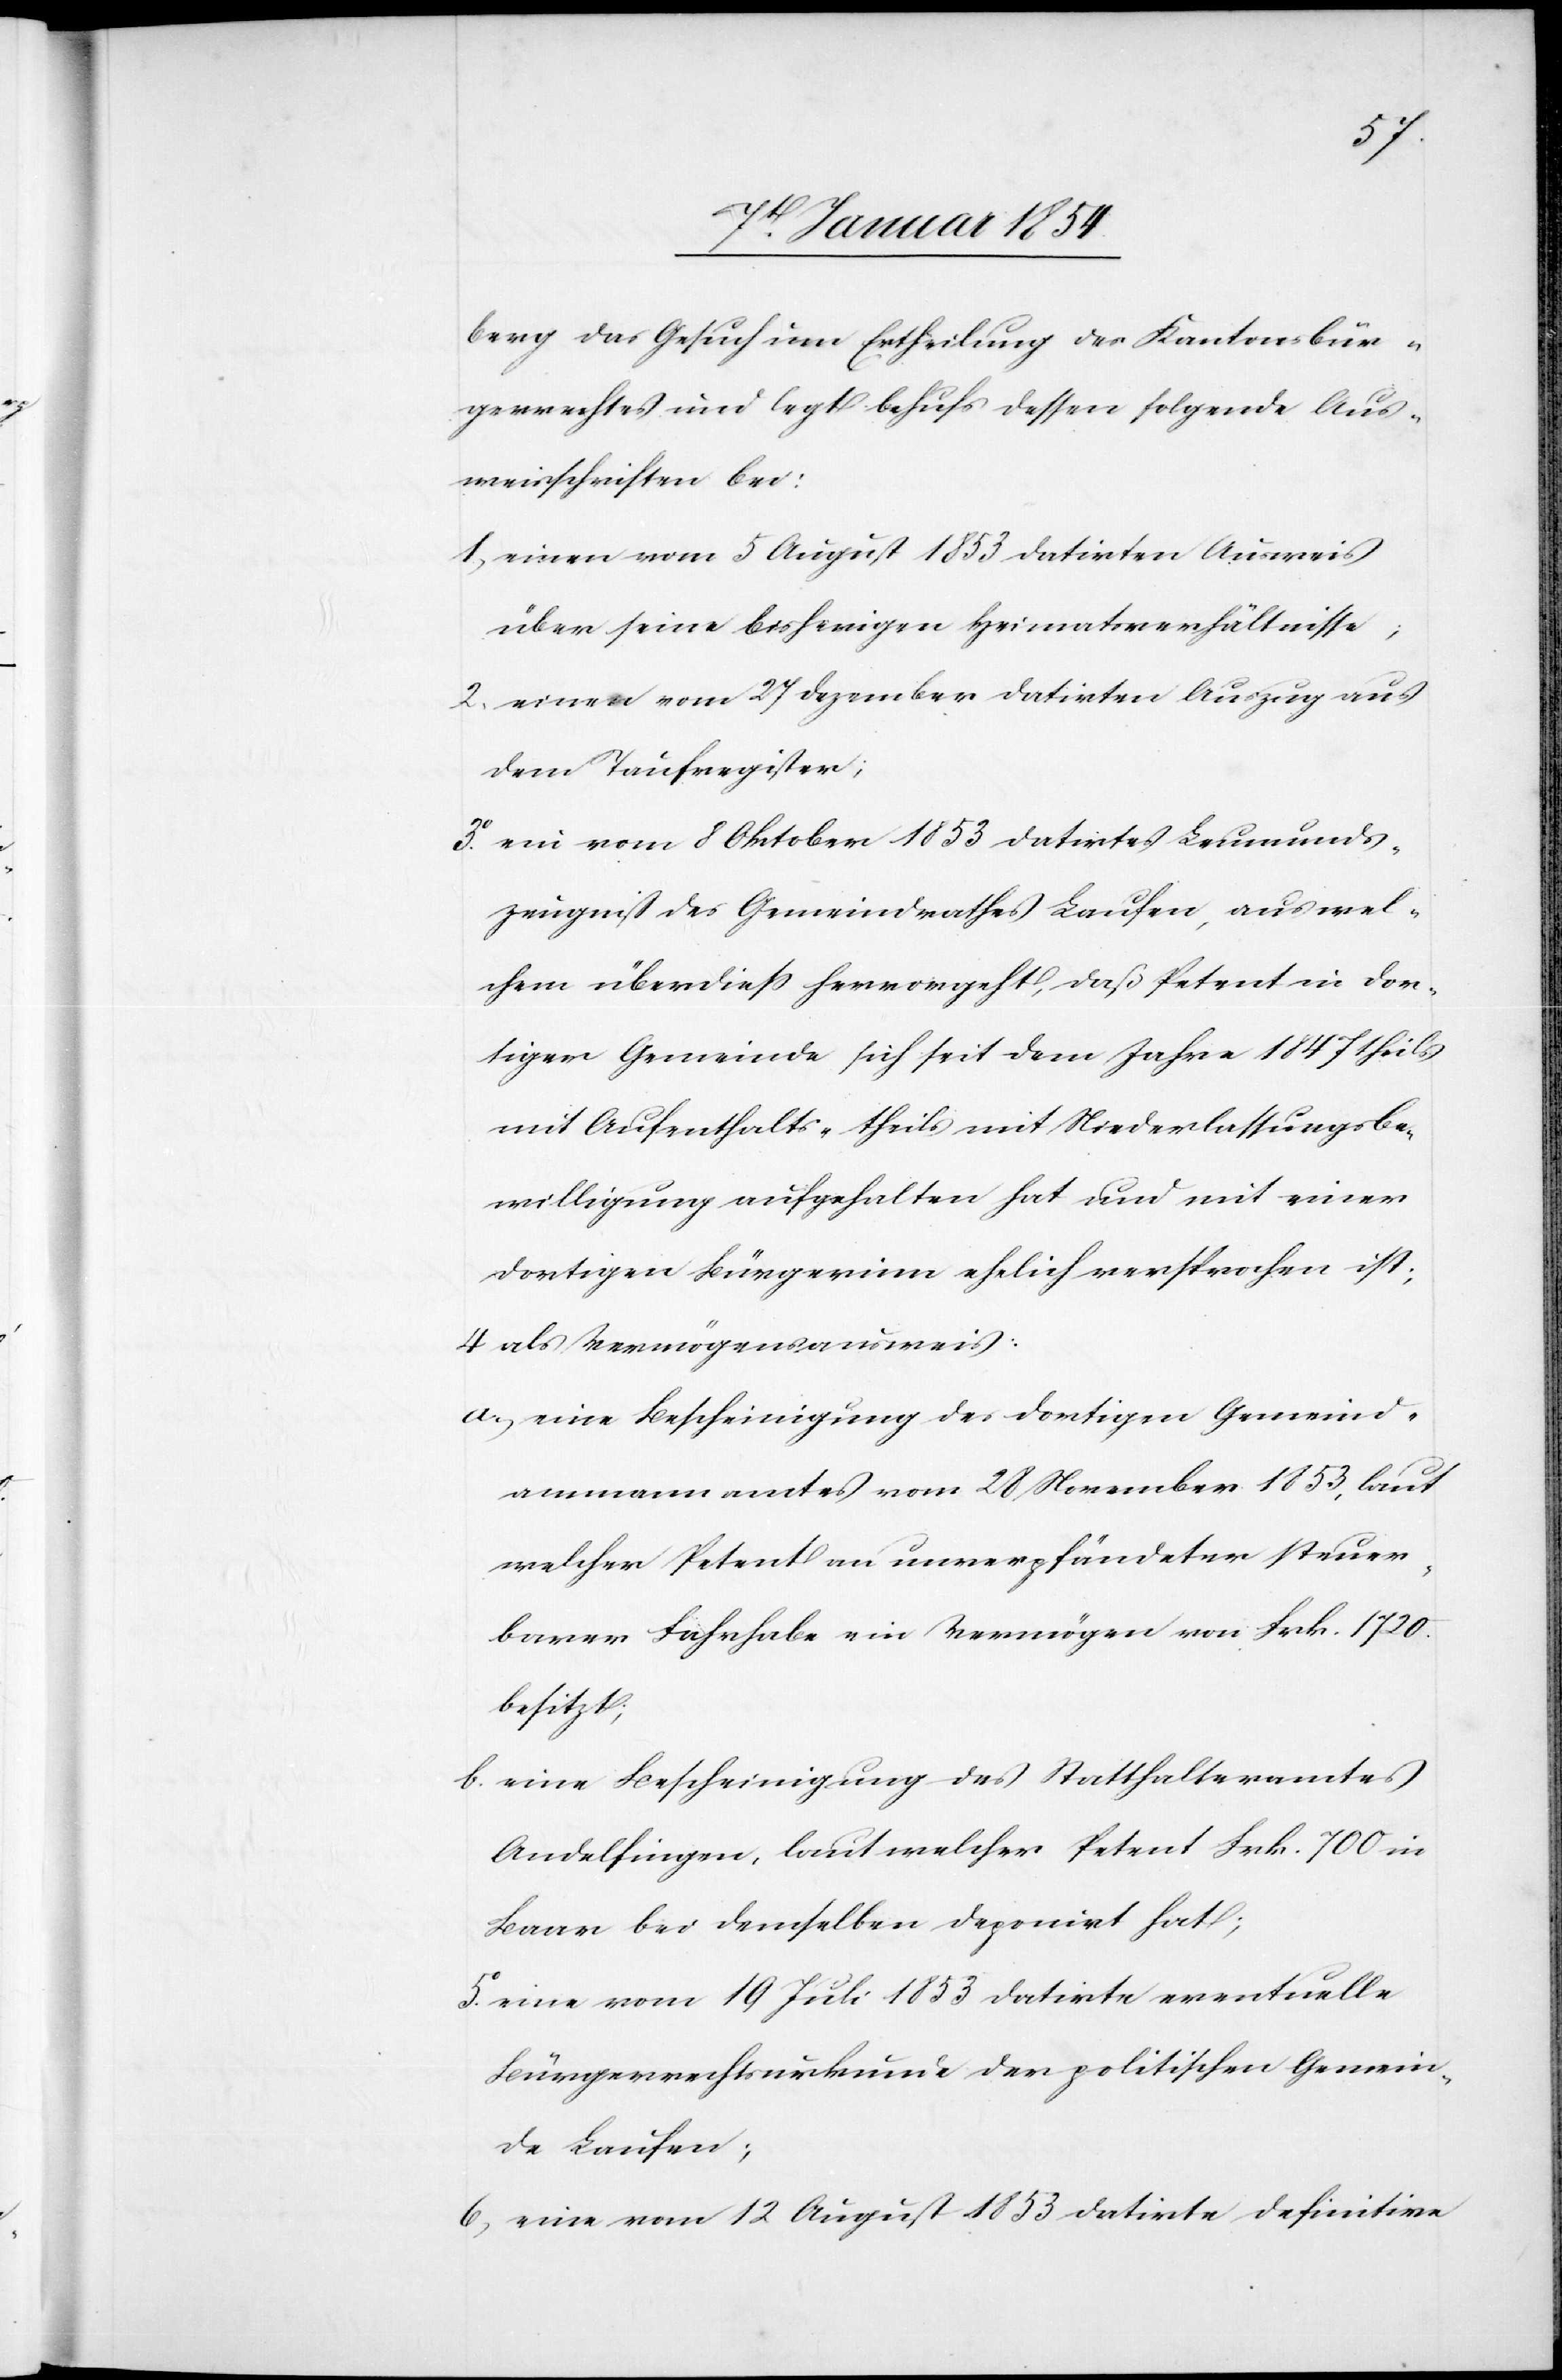
berg das Gesuch um Ertheilung des Kantonsbür¬
gerrechtes und legt behufs dessen folgende Aus¬
weisschriften bei:
1.) einen vom 5 August 1853 datirten Ausweis
über seine bisherigen Heimatsverhältnisse;
2. einen vom 27 Dezember datirten Auszug aus
dem Taufregister;
3o. ein vom 8 Oktober 1853 datirtes Leumunds¬
zeugniß des Gemeindrathes Laufen, aus wel¬
chem überdieß hervorgeht, daß Petent in dor¬
tiger Gemeinde sich seit dem Jahre 1847 theils
mit Aufenthalts- theils mit Niederlassungsbe¬
willigung aufgehalten hat und mit einer
dortigen Bürgerinn ehelich versprochen ist;
4 als Vermögensausweis:
a) eine Bescheinigung des dortigen Gemeind¬
ammannamtes vom 28 November 1853, laut
welcher Petent an unverpfändeter steuer¬
barer Fahrhabe ein Vermögen von Frk. 1720.
besitzt;
b. eine Bescheinigung des Statthalteramtes
Andelfingen, laut welcher Petent Frk. 700 in
Baar bei demselben deponirt hat;
5. eine vom 19 Juli 1853 datirte eventuelle
Bürgerrechtsurkunde der politischen Gemein¬
de Laufen;
6) eine vom 12 August 1853 datirte defintive